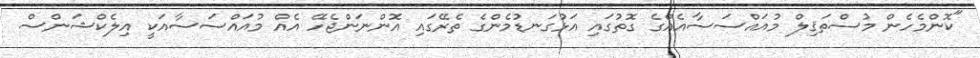
"ކޮންމެހެން މުސްތަޤިލް މުއައްސަސާއެއްގެ ގޮތުގައި އަޅުގަނޑުމެންގެ ތެރޭގައި އޮންނަންޖެހޭ އެއް މުއައްސަސާއަކީ އިލެކްޝަންސް